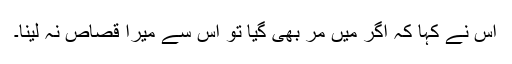
اس نے کہا کہ اگر میں مر بھی گیا تو اس سے میرا قصاص نہ لینا۔